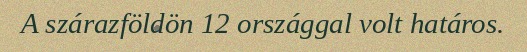
A szárazföldön 12 országgal volt határos.